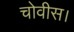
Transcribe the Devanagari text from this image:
चोवीस।